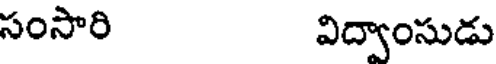
సంసారి విద్వాంసుడు